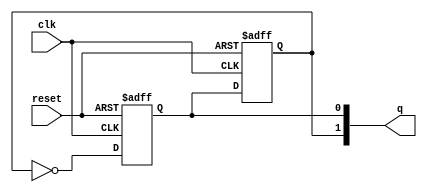
module dual_stage_johnson_counter (
    input wire clk,      // Clock signal
    input wire reset,    // Asynchronous reset signal
    output reg [1:0] q   // 2-bit output representing the counter state
);

// Internal signals for the flip-flops
reg q0, q1;

// Always block for the flip-flops
always @(posedge clk or posedge reset) begin
    if (reset) begin
        // Asynchronous reset
        q0 <= 1'b0;
        q1 <= 1'b0;
    end else begin
        // Johnson counter logic
        q0 <= ~q1;  // Invert q1 and assign to q0
        q1 <= q0;   // Assign current q0 to q1
    end
end

// Assign the output
always @(*) begin
    q = {q1, q0}; // Concatenate q1 and q0 for output
end

endmodule